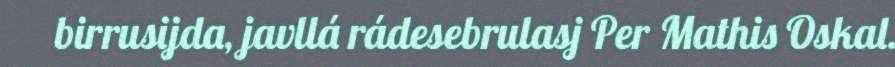
birrusijda, javllá rádesebrulasj Per Mathis Oskal.